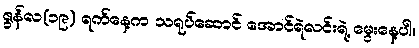
ဇွန်လ(၁၉) ရက်နေ့က သရုပ်ဆောင် အောင်ရဲလင်းရဲ့ မွေးနေ့ပါ။